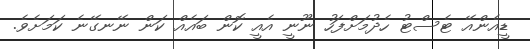
ޑީއެންއޭ ޓެސްޓު ހެދުމަށްފަހު ނޫނީ އެއީ ކޮން ބައެއް ކަން ނޭނގޭނެ ކަމަށެވެ.